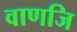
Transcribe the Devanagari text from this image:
वाणजि